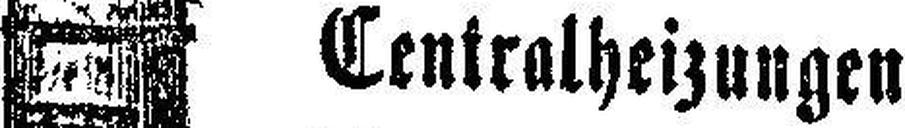
Centralheizungen